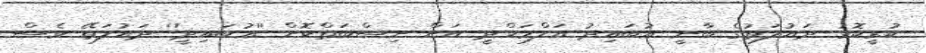
ކުރީކޮޅު ދައުލަތުގެ ބާނީ ޢުބައިދު އަލްމަހްދީ އަށް ނިސްބަތްކޮށް ''ޢުބައިދީ'' ދައުލަތޭ ވެސް